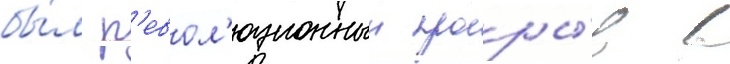
бы́л р'евол'юционныи проры́в в